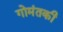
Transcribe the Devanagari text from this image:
गोमंतकी